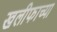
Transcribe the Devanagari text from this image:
खलीफाच्या